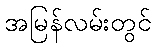
အမြန်လမ်းတွင်